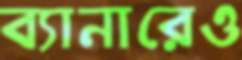
ব্যানারেও